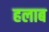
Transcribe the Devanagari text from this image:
हलाब